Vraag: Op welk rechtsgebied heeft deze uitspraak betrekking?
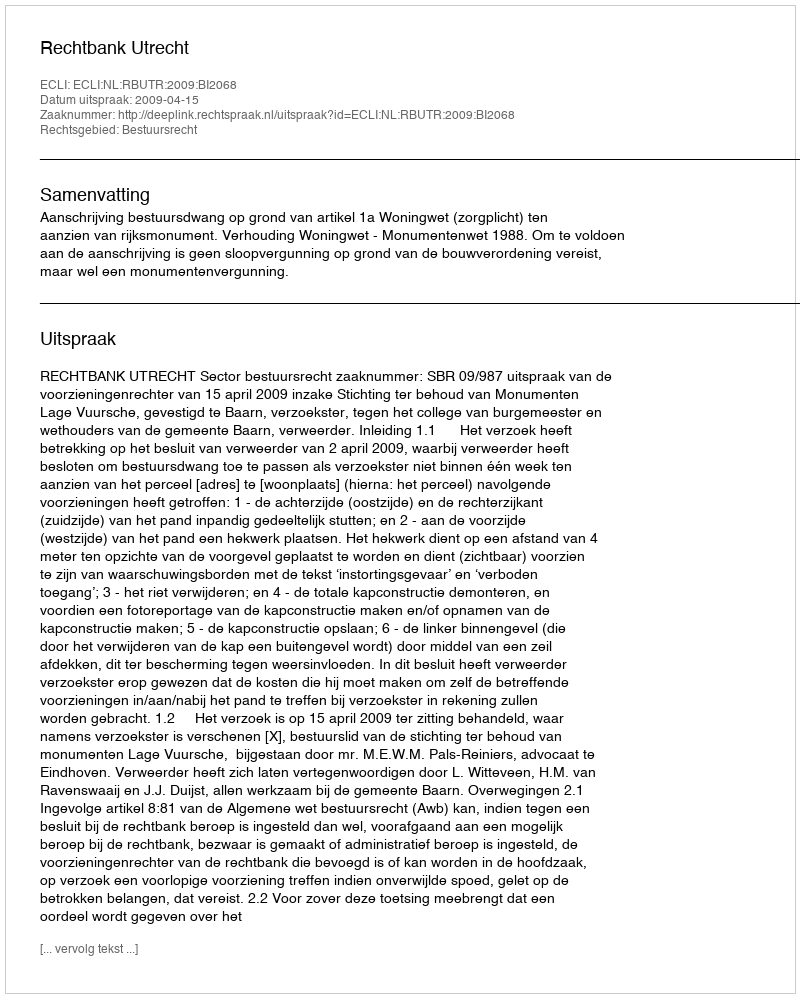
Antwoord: Bestuursrecht